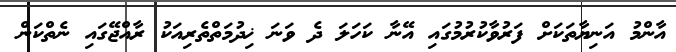
އާންމު އަނިޔާތަކަށް ފަރުވާކުރުމުގައި އޭނާ ކަހަލަ ދެ ވަނަ ޚިދުމަތްތެރިއަކު ރާއްޖޭގައި ނެތްކަން